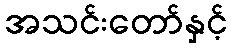
အသင်းတော်နှင့်